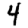
Digit: 4